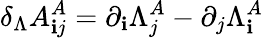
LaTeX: \delta_{\Lambda}A_{\mathbf{i}j}^{A}=\partial_{\mathbf{i}}\Lambda_{j}^{A}-\partial_{j}\Lambda_{\mathbf{i}}^{A}